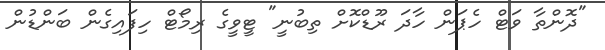
"ދޮންތާ ވަޓް ހެޕަން ހާދަ ރޫޑްކޮށް ތިބުނީ" ޓީވީގެ ރިމޯޓް ހިފައިގެން ބަންޑުން